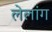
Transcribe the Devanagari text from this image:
लेलांग